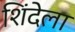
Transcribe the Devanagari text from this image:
शिंदेला